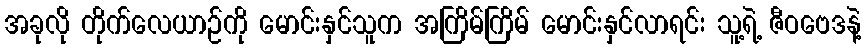
အခုလို တိုက်လေယာဉ်ကို မောင်းနှင်သူက အကြိမ်ကြိမ် မောင်းနှင်လာရင်း သူ့ရဲ့ ဇီဝဗေဒနဲ့